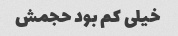
خیلی کم بود حجمش